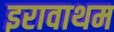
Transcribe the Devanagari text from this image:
इरावाथम